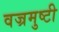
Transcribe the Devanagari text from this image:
वज्रमुष्टी